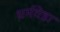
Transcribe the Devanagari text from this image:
धर्मवेडा